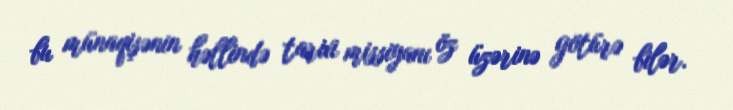
bu münaqişənin həllində tarixi missiyanı öz üzərinə götürə bilər.